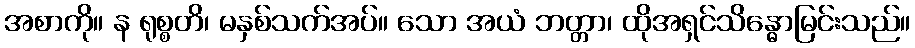
အစာကို။ န ရုစ္စတိ၊ မနှစ်သက်အပ်။ သော အယံ ဘတ္တာ၊ ထိုအရှင်သိန္ဓောမြင်းသည်။